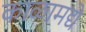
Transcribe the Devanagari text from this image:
काळामद्ये